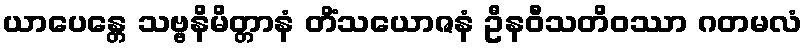
ယာပေန္တေ သဗ္ဗနိမိတ္တာနံ တိံသယောဇနံ ဦနဝီသတိဝဿာ ဂတမလံ